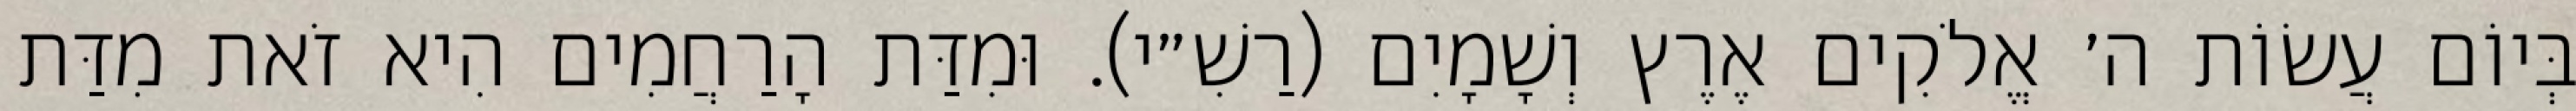
בְּיוֹם עֲשׂוֹת ה׳ אֱלֹקִים אֶרֶץ וְשָׁמָיִם (רַשִׁ״י). וּמִדַּת הָרַחֲמִים הִיא זֹאת מִדַּת